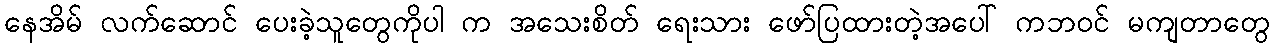
နေအိမ် လက်ဆောင် ပေးခဲ့သူတွေကိုပါ က အသေးစိတ် ရေးသား ဖော်ပြထားတဲ့အပေါ် ကဘဝင် မကျတာတွေ